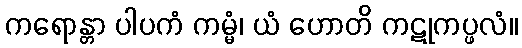
ကရောန္တာ ပါပကံ ကမ္မံ၊ ယံ ဟောတိ ကဋုကပ္ဖလံ။